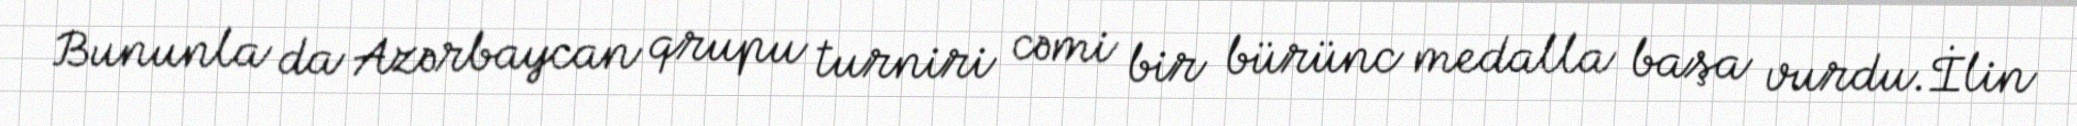
Bununla da Azərbaycan qrupu turniri cəmi bir bürünc medalla başa vurdu.İlin